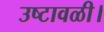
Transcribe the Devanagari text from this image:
उष्टावळी।